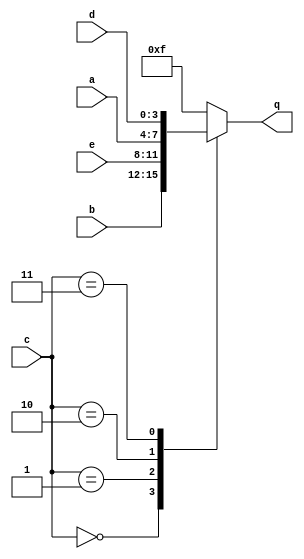
module top_module (
    input [3:0] a,
    input [3:0] b,
    input [3:0] c,
    input [3:0] d,
    input [3:0] e,
    output [3:0] q );
    always @(*) begin
        case(c)
            4'b0000:q<=b;
            4'b0001:q<=e;
            4'b0010:q<=a;
            4'b0011:q<=d;
            default:q<=4'b1111;
        endcase
    end
endmodule